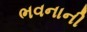
ભવનાની